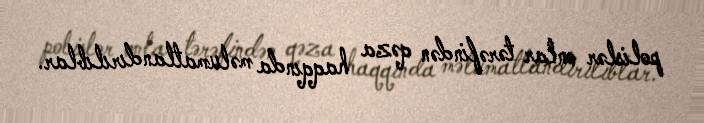
polislər onlar tərəfindən qəza haqqında məlumatlandırılıblar.